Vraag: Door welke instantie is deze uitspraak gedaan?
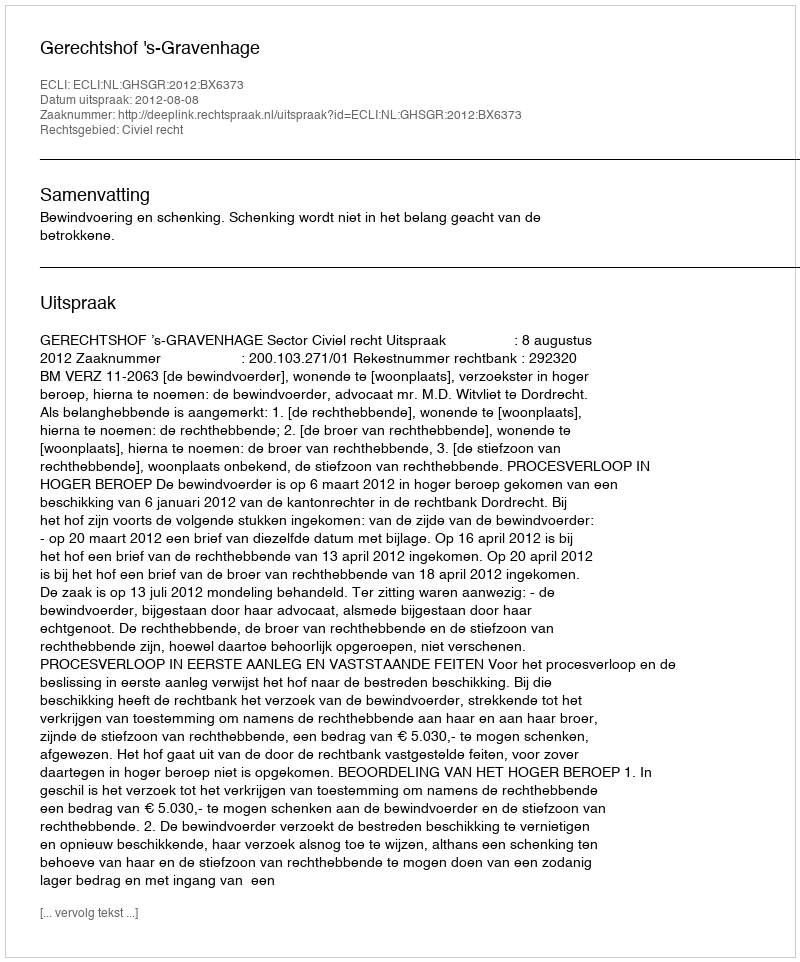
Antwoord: Gerechtshof 's-Gravenhage